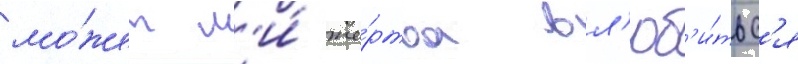
мо́жет л'и́ же́ртва вл'юб'и́тьс'я